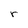
Character: r